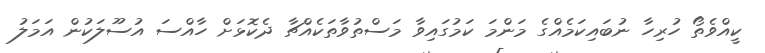
ކީއްވެތޯ ހުރިހާ ނުބައިކަމެއްގެ މަންމަ ކަމުގައިވާ މަސްތުވާތަކެއްޗާ ދެކޮޅަށް ހާއްސަ އުސޫލަކުން އަމަލު